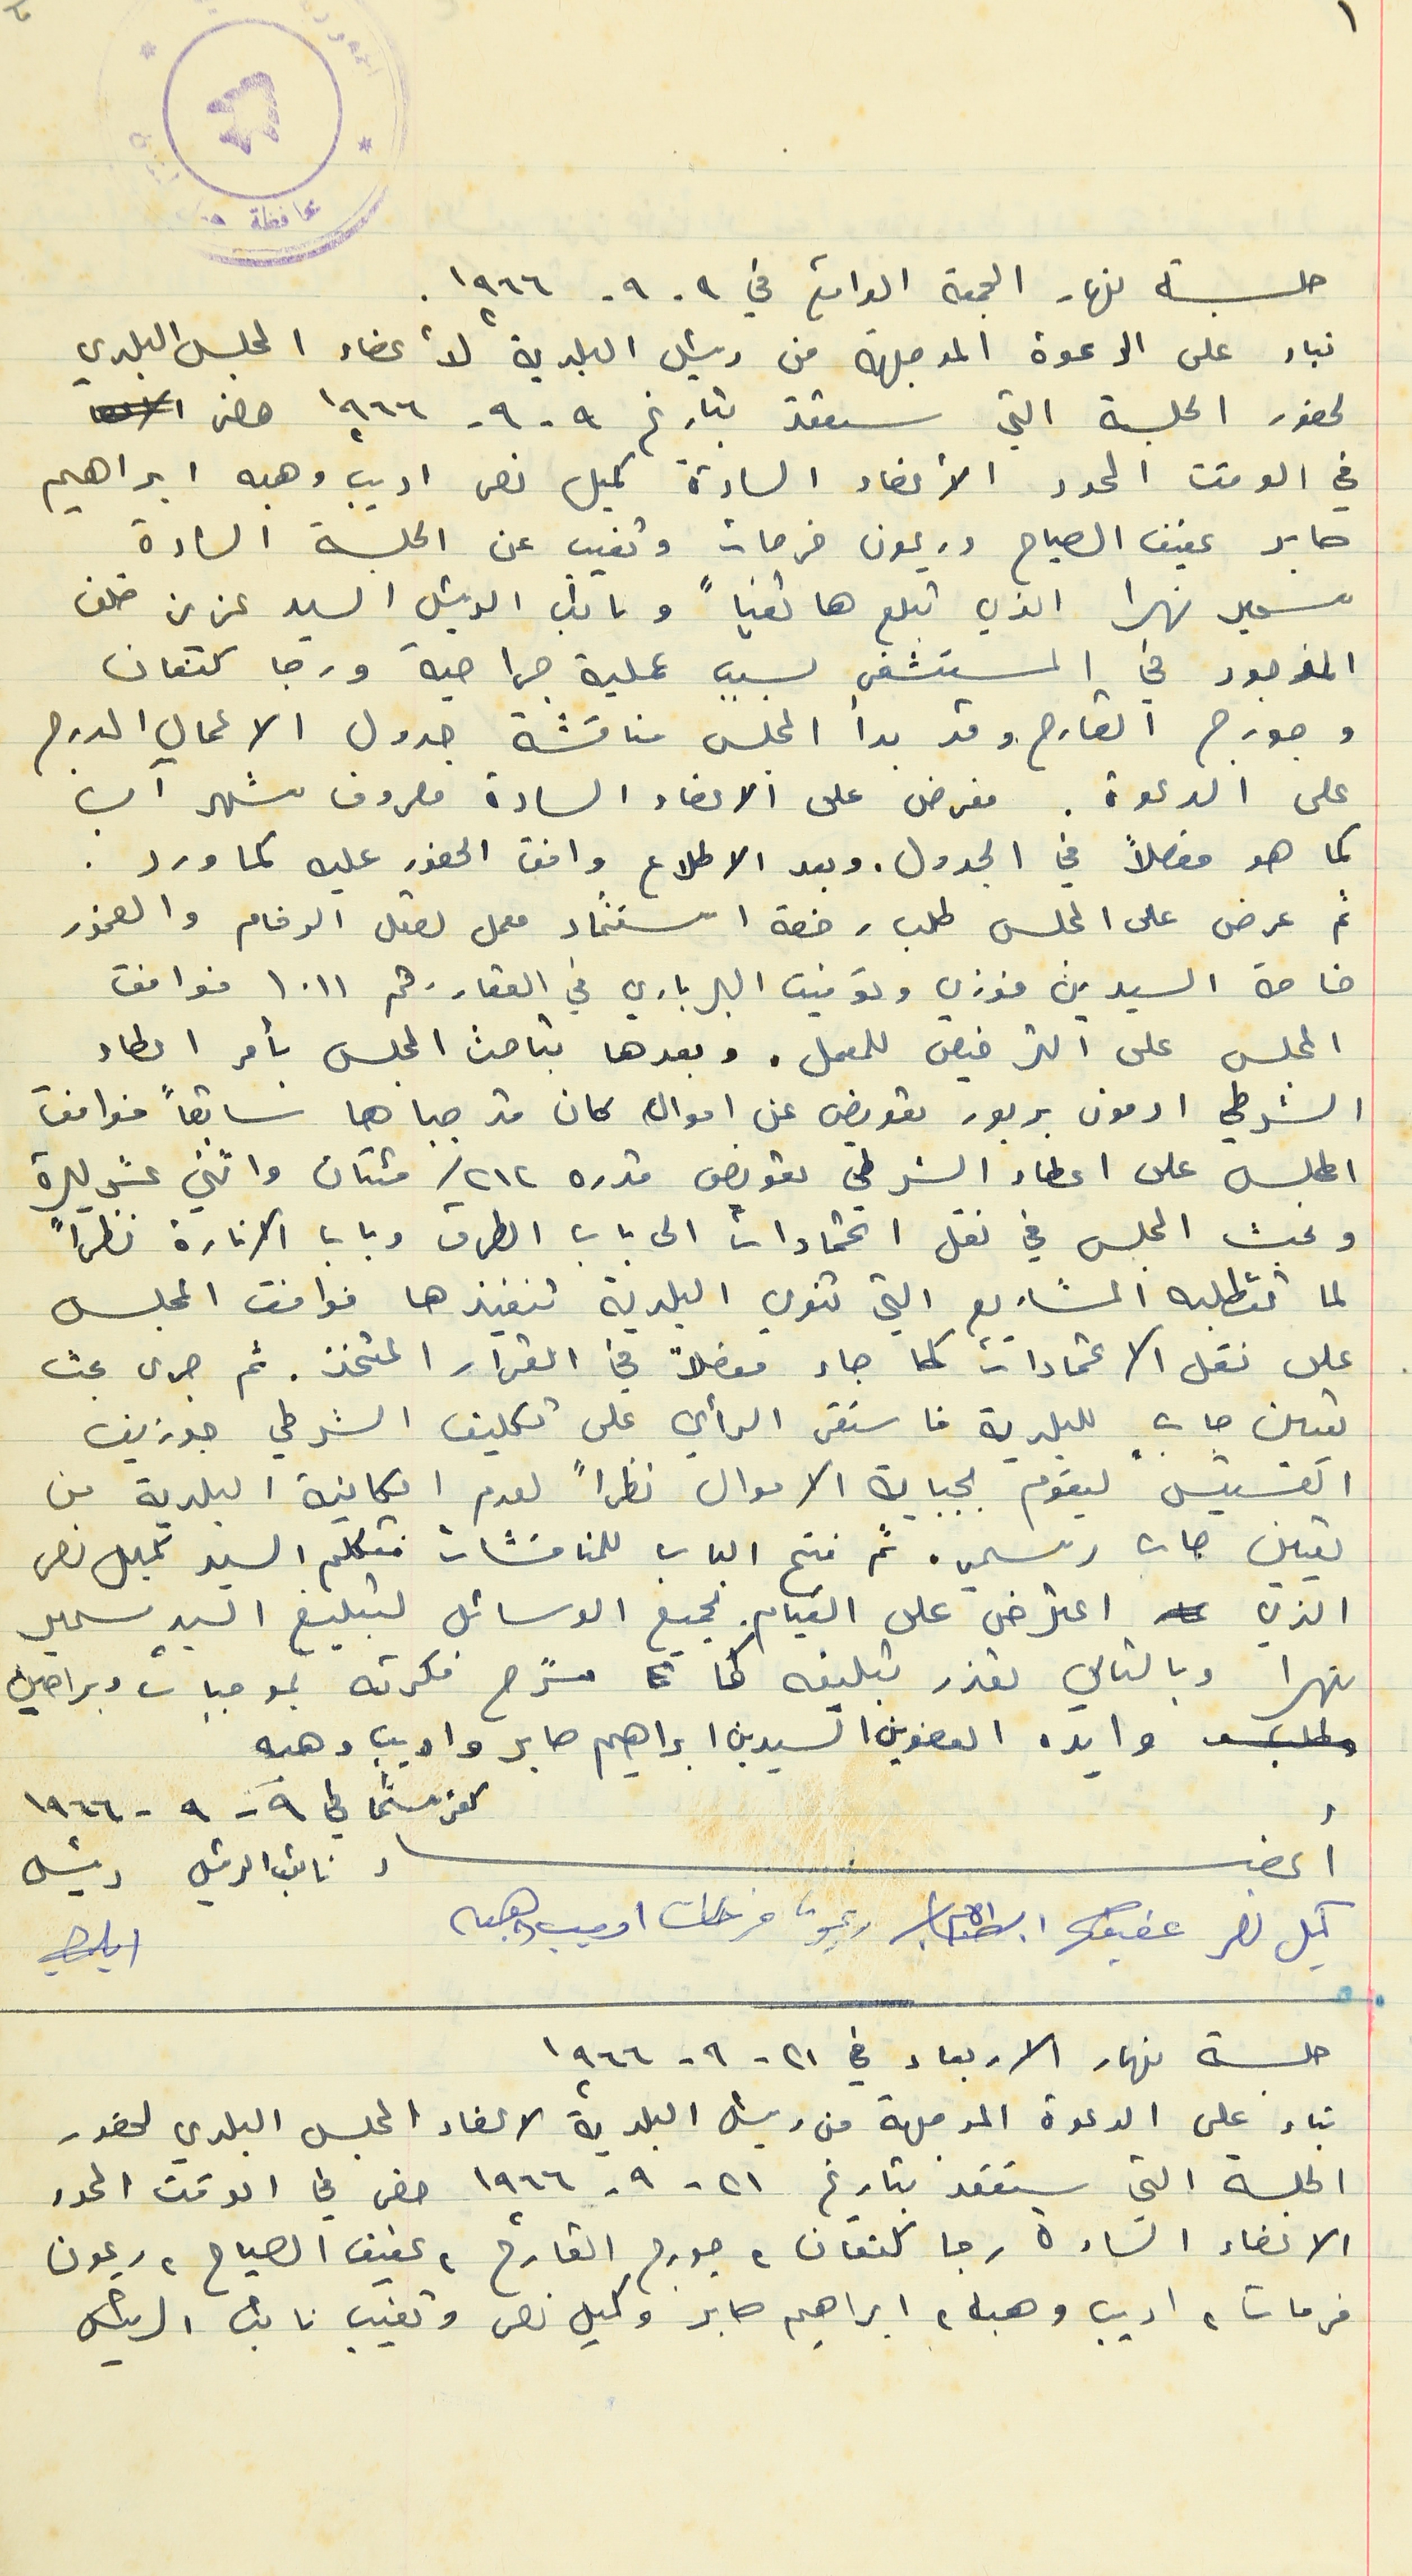
حلسة نهار الجمعة الواقع في ٩- ٩- ١٩٦٦.
بناء على الدعوة الموجهة من رئيس البلدية لأعضاء المجلس البلدي
لحضور الجلسة التي ستعقد بتاريخ ٩-٩- ١٩٦٦ حضر
في الوقت المحدد الأعضاء السادة كميل نصر اديب وهبه ابراهيم
صابر عفيف الصياح وريمون فرحات وتغيب عن الجلسة السادة
سمير نهرا الذي تبلع هاتفياً ونائب الرئيس السيد عزيز خلف
الموجود في المستشفى بسبب عملية جراحية ورجا كتعان
وجورج القارح وقد بدأ المجلس مناقشة جدول الاعمال المدرج
على الدعوة. فعرض على الاعضاء السادة مصروف شهر آب
كما هو مفصلاً في الجدول. وبعد الاطلاع وافق الحضور عليه كما ورد.
ثم عرض على المجلس طلب رخصة استثمار معمل لصقل الرخام والصخور
خاصة السيدين فوزي وتوفيق البرباري في العقارر قم ١٠١١ فوافق
المجلس على الترخيص للمعمل. وبعدها تباحث المجلس بأمر اعطاء
الشرطي ادمون بربور تعويض عن اموال كان قد جباها سابقاً فوافق
المجلس على اعطاء الشرطي تعويض قدره ٢١٢ / مئتان واثني عشر ليرة
وبحث المجلس في نقل اعتمادات الى باب الطرق وباب الانارة نظراً
لما تتطلبه المشاريع التي تنوي البلدية تنفيذها فوافق المجلس
 على نقل الاعتمادات كما جاء مفصلاً في القرار المتخذ. ثم جرى بحث
تعيين جابٍ للبلدية فاستقر الرأي على تكليف الشرطي جوزيف
القسيس ليقوم بجباية الاموال نظراً لعدم امكانية البلدية من
تعيين جاب رسمي. ثم فتح الباب للمناقشات فتكلّم السيد كميل نصر
الذي اعترض على القيام بجميع الوسائل لتبليغ السيد سمير
نهرا وبالتالي تعذر تبليغه كما شرح فكرته بموجبات وبراهين
وايده العضوين السيدين ابراهيم صابر واديب وهبه
 كفرشيما في ٩ - ٩ - ١٩٦٦
أعضاء نائب الرئيس رئيس
كميل نصر عفيف ريمون فرحات اديب وهبه
جلسة نهار الاربعاء في ٢١- ٩- ١٩٦٦
بناء على الدعوة الموجهة من رئيس البلدية لاعضاء المجلس البلدي لحضور
الجلسة التي ستعقد بتاريخ ٢١ -٩- ١٩٦٦ حضر في الوقت المحدد
  الاعضاء السادة رجا كنعان، جورج القارح ، عفيف الصياح، ريمون
فرحات، اديب وهبه، ابراهيم صابر وكميل نصر وتغيب نائب الرئيس